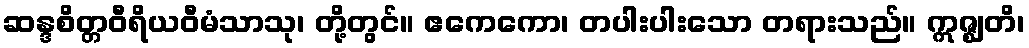
ဆန္ဒစိတ္တဝီရိယဝီမံသာသု၊ တို့တွင်။ ဧကေကော၊ တပါးပါးသော တရားသည်။ ဣဇ္ဈတိ၊